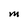
Character: M